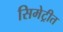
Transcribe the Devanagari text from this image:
सिमेट्रीत